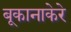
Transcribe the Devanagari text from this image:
बूकानाकेरे